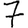
Digit: 7